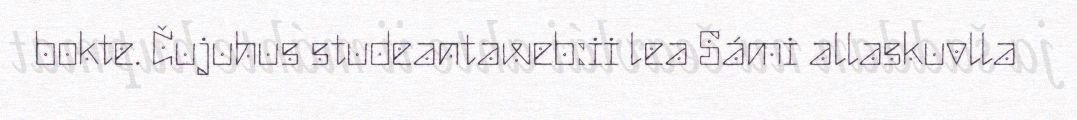
bokte. Čujuhus studeantaweb:ii lea Sámi allaskuvlla